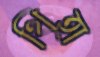
থিহা